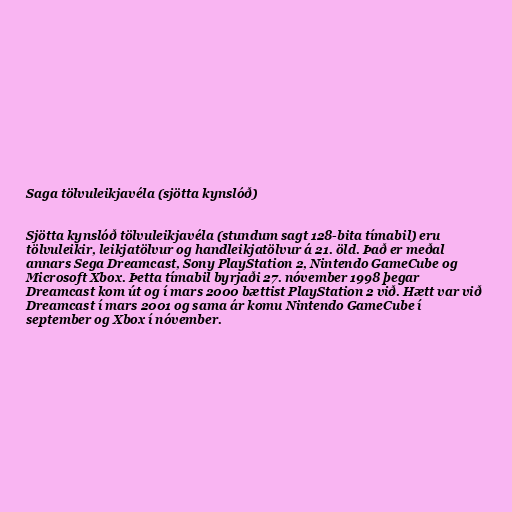
Saga tölvuleikjavéla (sjötta kynslóð)

Sjötta kynslóð tölvuleikjavéla (stundum sagt 128-bita tímabil) eru
tölvuleikir, leikjatölvur og handleikjatölvur á 21. öld. Það er meðal
annars Sega Dreamcast, Sony PlayStation 2, Nintendo GameCube og
Microsoft Xbox. Þetta tímabil byrjaði 27. nóvember 1998 þegar
Dreamcast kom út og í mars 2000 bættist PlayStation 2 við. Hætt var við
Dreamcast í mars 2001 og sama ár komu Nintendo GameCube í
september og Xbox í nóvember.